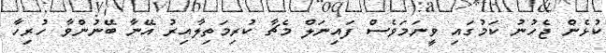
ކުޅެން ޖެހުނު ކަމުގައި ވީނަމަވެސް ފައިނަލް މެޗާ ކުރިމަތިލާއިރު އޭނާ ބޭނުންވާ ހުރިހާ